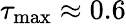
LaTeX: \tau_{\operatorname*{max}}\approx 0.6